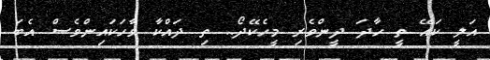
އަލީ ކައޭ ތީ ހާދަ ދީންވެރި މީހެކޭދޯ.. ތި ދައްކާ ވާހަކައިންވެސް އެބަ